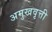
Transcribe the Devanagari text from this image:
अमुखवृत्ती